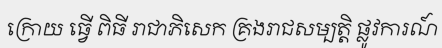
ក្រោយ ធ្វើ ពិធី រាជាភិសេក គ្រងរាជសម្បត្តិ ផ្លូវការណ៍